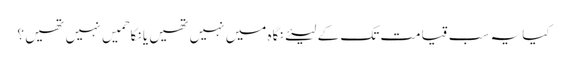
کیا یہ سب قیامت تک کے لیئے نگاہ میں نہیں تھیں یا نکاحمیں نہیں تھیں ؟